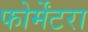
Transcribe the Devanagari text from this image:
फोर्मेंटरा